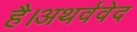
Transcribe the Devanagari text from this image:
है।अथर्ववेद